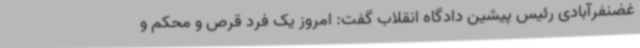
غضنفرآبادی رئیس پیشین دادگاه انقلاب گفت: امروز یک فرد قرص و محکم و